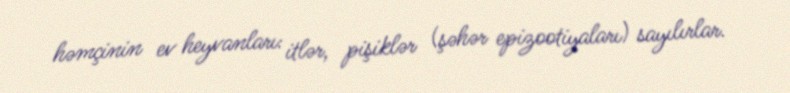
həmçinin ev heyvanları: itlər, pişiklər (şəhər epizootiyaları) sayılırlar.